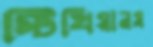
স্টিথিয়ানস